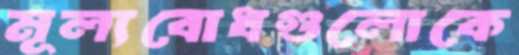
মূল্যবোধগুলোকে